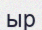
ыр